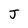
Character: J